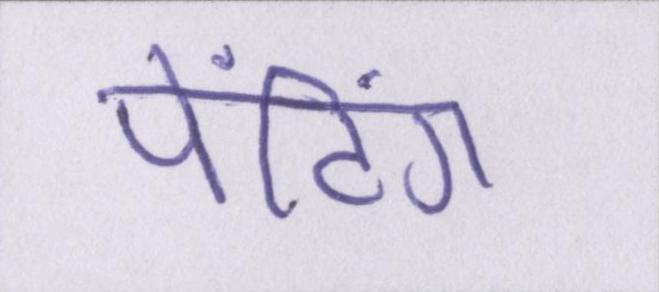
पेंटिंग